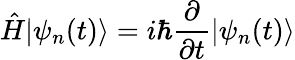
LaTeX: {\hat{H}}|\psi_{n}(t)\rangle=i\hbar{\frac{\partial}{\partial t}}|\psi_{n}(t)\rangle